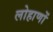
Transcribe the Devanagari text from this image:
लोहाणों